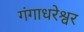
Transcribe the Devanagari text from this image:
गंगाधरेश्वर